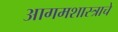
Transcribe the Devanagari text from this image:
आगमशास्त्राचे